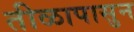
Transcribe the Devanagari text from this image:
तीळापासुन